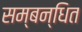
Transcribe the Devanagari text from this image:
सम्‍बन्‍धित